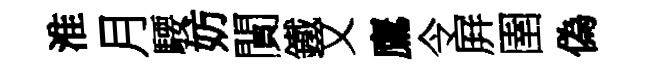
淮月騕妨閴鐵又鷹令屛圉偽